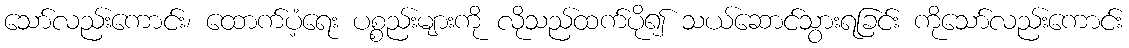
သော်လည်းကောင်း၊ ထောက်ပံ့ရေး ပစ္စည်းများကို လိုသည်ထက်ပို၍ သယ်ဆောင်သွားရခြင်း ကိုသော်လည်းကောင်း